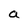
Character: a